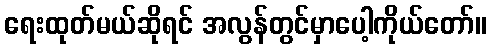
ရေးထုတ်မယ်ဆိုရင် အလွန်တွင်မှာပေါ့ကိုယ်တော်။